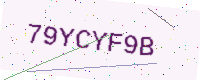
Text: 79YCYF9B